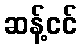
ဆန့်ငင်